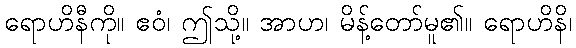
ရောဟိနီကို။ ဧဝံ၊ ဤသို့။ အာဟ၊ မိန့်တော်မူ၏။ ရောဟိနိ၊